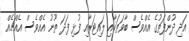
އަދި ދުންފަތުގެ އެއްވެސް ބާވަތަކާއި ލައިޓަރާއި ފުޅި ފަދަ ތޫނު އެއްވެސް އެއްޗެއް